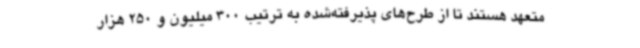
متعهد هستند تا از طرح‌های پذیرفته‌شده به ترتیب 300 میلیون و 250 هزار